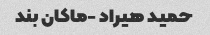
حمید هیراد -ماکان بند